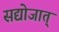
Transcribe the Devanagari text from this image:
सद्योजात्